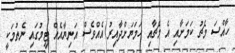
ހާއްސަ މެޗު ކަމަށާއި އެ މެޗާއި ހަމަޔަށްދާއިރު އެއްވެސް އަނިޔާއެއް ޓީމުގައި ނެތުމަކީ